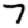
Digit: 7